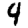
Digit: 4